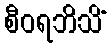
စီဝရဘိသိံ